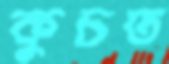
কুচত